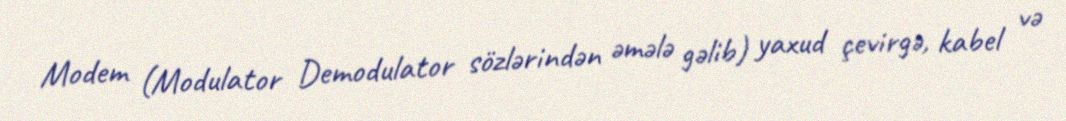
Modem (Modulator Demodulator sözlərindən əmələ gəlib) yaxud çevirgə, kabel və